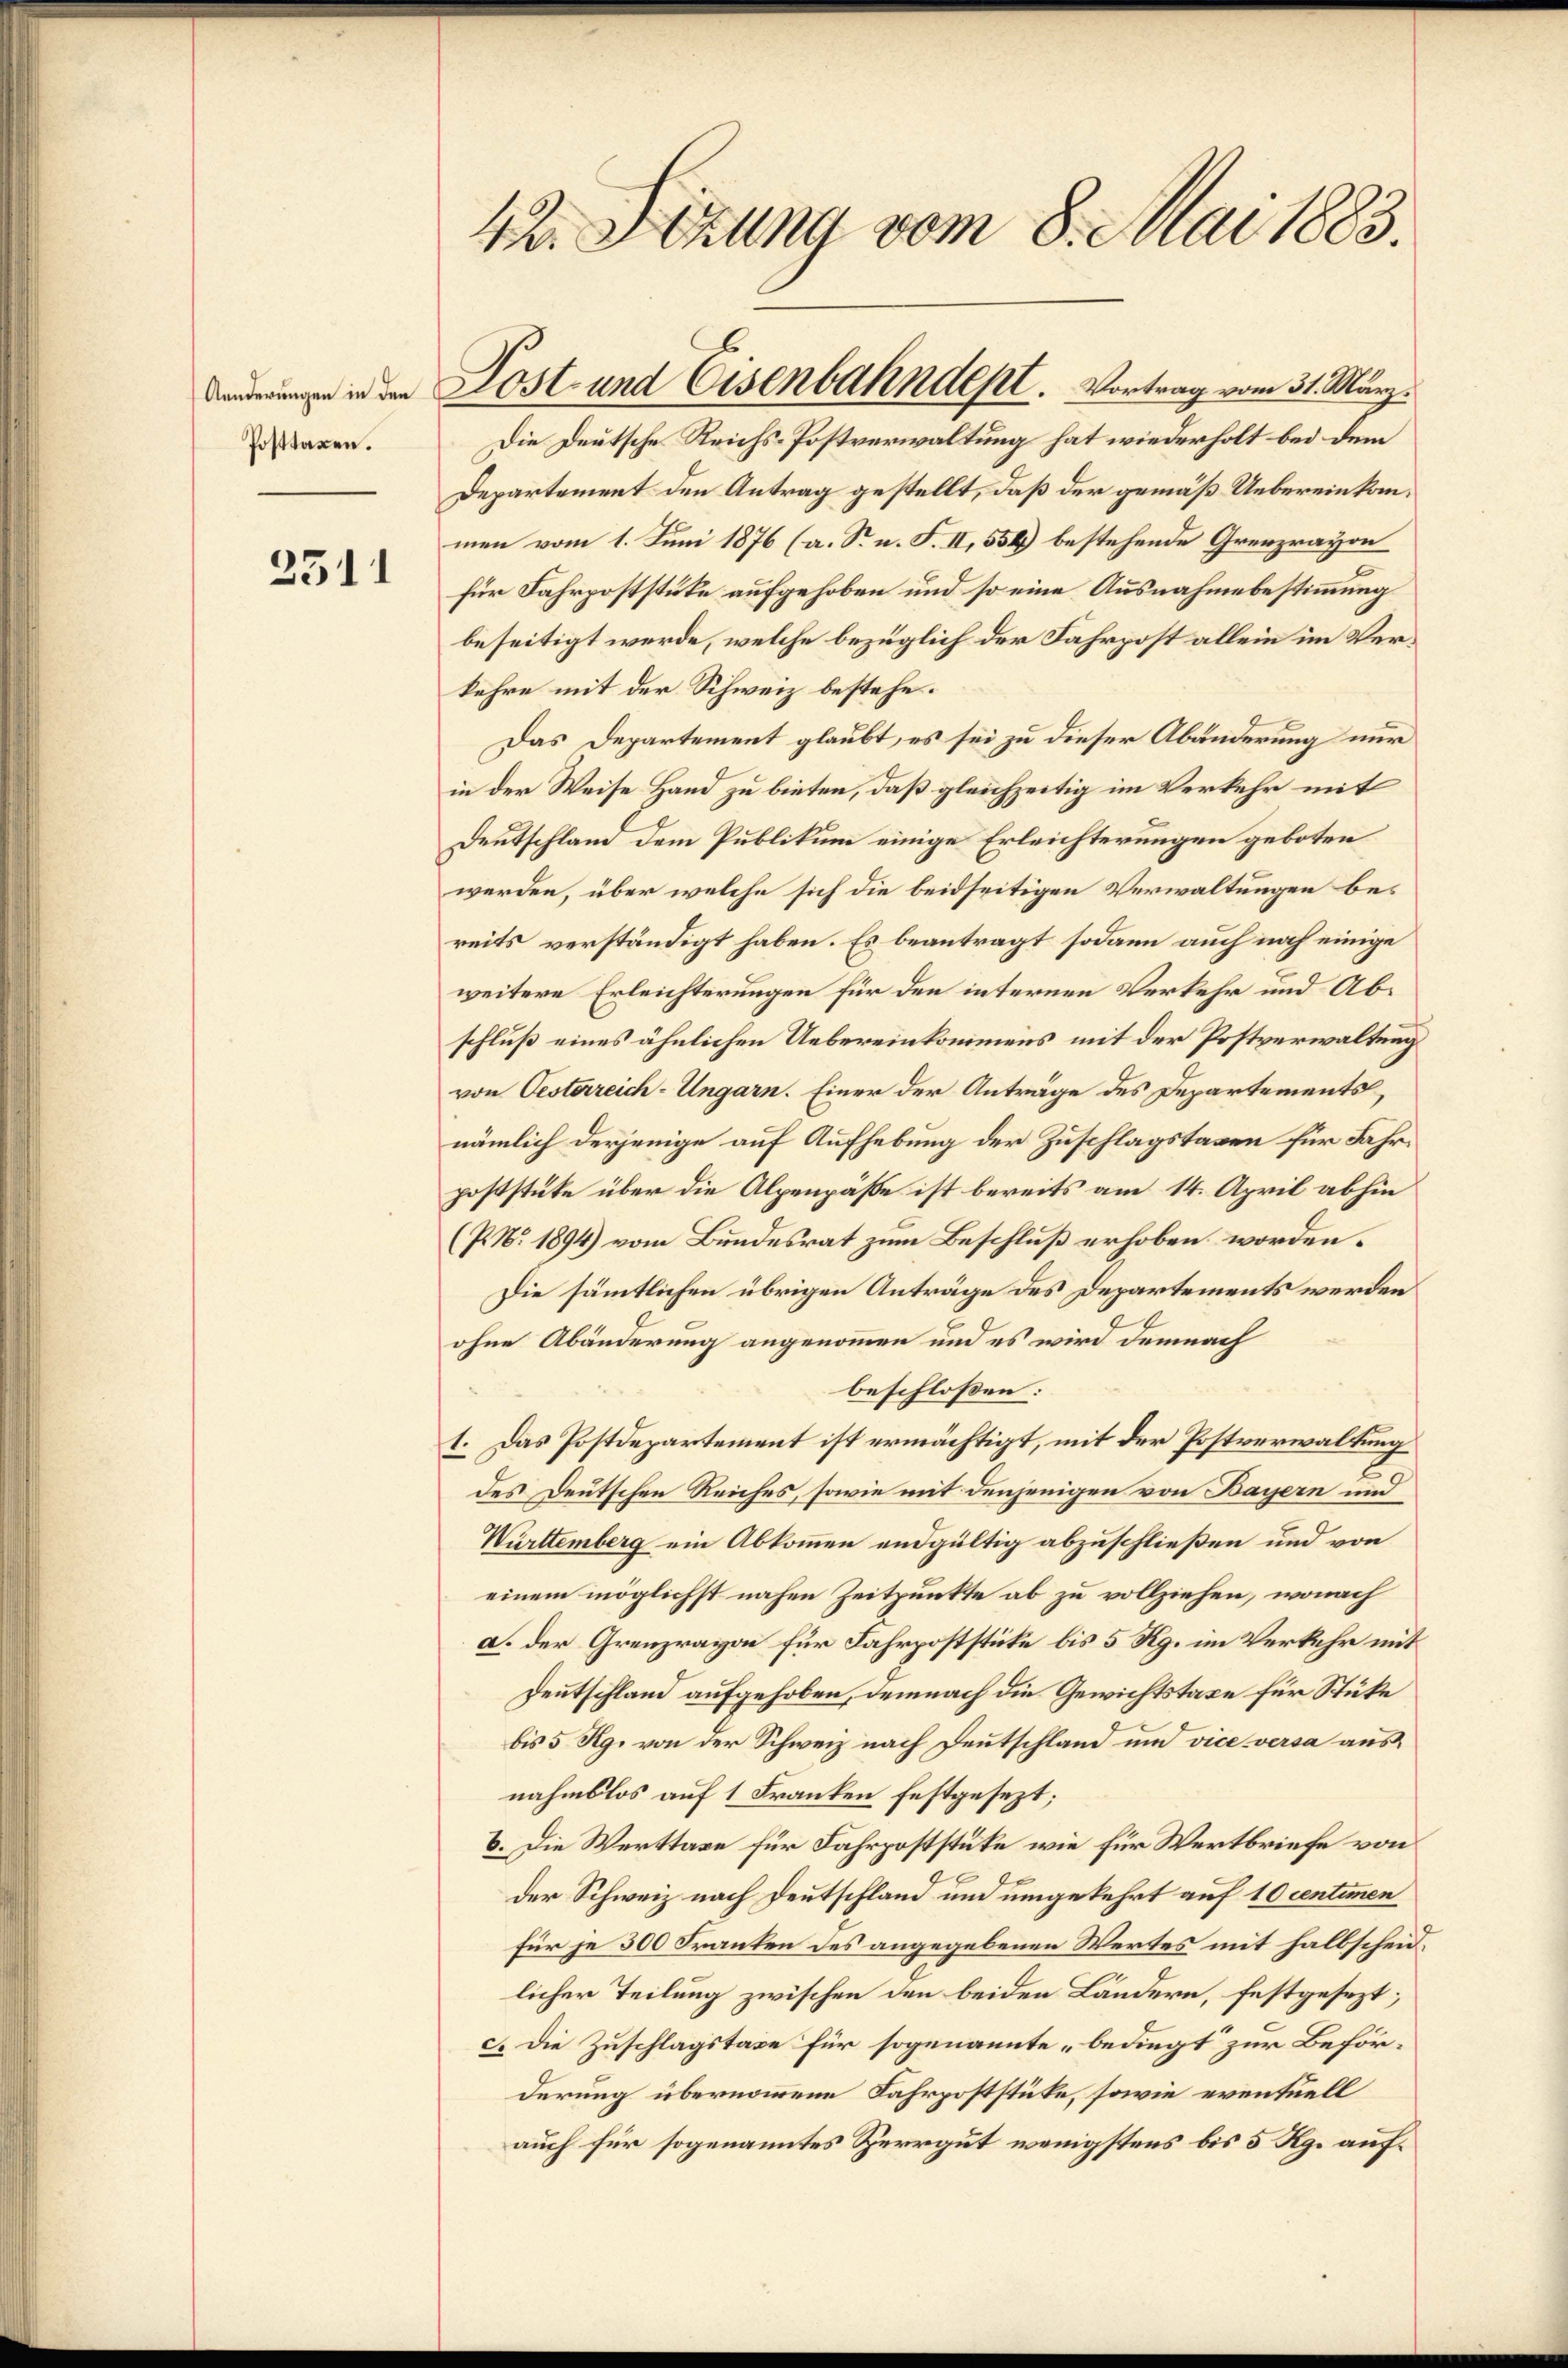
Posttaxen.

2511

Die Deutsche Reichs-Postverwaltung hat wiederholt bei dem
Departement den Antrag gestellt, daß der gemäß Uebereinkommen vom 1. Juni 1876 (a. Sr. n. F. II, 554) bestehende Grenzrayon
für Fahrpoststücke aufgehoben und so eine Ausnahmebestimmung
beseitigt werde, welche bezüglich der Fahrpost allein im Verkehre mit der Schweiz bestehe.
Das Departement glaubt, es sei zu dieser Abänderung nur
in der Weise Hand zu bieten, daß gleichzeitig im Verkehr mit
Deutschland dem Publikum einige Erleichterungen geboten
werden, über welche sich die beidseitigen Verwaltungen bei
reits verständigt haben. Es beantragt sodann auch noch einige
weitere Erleichterungen für den internen Verkehr und Abschluß eines ähnlichen Uebereinkommens mit der Postverwaltung
von Oesterreich-Ungarn. Einer der Anträge des Departements,
nämlich derjenige auf Aufhebung der Zuschlagstaxen für Fährpoststüke über die Alpenpäße ist bereits am 14. April abhin
(P. Nr. 1894) vom Bundesrat zum Beschluß erhoben worden.
Die sämmtlichen übrigen Anträge des Departements werden
ohne Abänderung angenommen und es wird demnach
beschlossen:
1. Das Postdepartement ist ermächtigt, mit der Postverwaltung
des Deutschen Reiches, sowie mit denjenigen von Bayern und
Württemberg ein Abkommen endgültig abzuschließen und von
einem möglichst nahen Zeitpunkte ab zu vollziehen, wonach
a. der Grenzrayon für Fahrpoststücke bis 5 Rg. im Verkehr mit
Deutschland aufgehoben, demnach die Gewichtstaxe für Stüke
bis 5 Rg. von der Schweiz nach Deutschland und vice versa aus
nahmslos auf 1 Franken festgesezt;
b. Die Werttaxe für Fahrpoststüke wie für Wertbriefe von
der Schweiz nach Deutschland und umgekehrt auf 10 centimen
für je 300 Franken des angegebenen Wertes mit halbscheid,
licher Teilung zwischen den beiden Ländern, festgesezt;
c. Die Zuschlagstaxe für sogenannte „bedingt zur Beförderung übernommene Fahrpoststücke, sowie eventuell
auch für sogenanntes Herrgut wenigstens bis 5 Rg. auf¬

42. Setzung vom 8. Mai 1883.

in Lost- und Eisenbahndept. Vortrag vom 31. März.